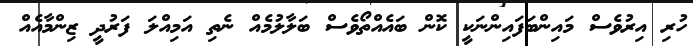
ހުރި އިރުވެސް މައިންބަފައިންނަކީ ކޮން ބައެއްތޯވެސް ބަލާލުމެއް ނެތި އަމިއްލަ ފަރުދީ ޒިންމާއެއް